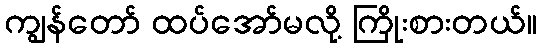
ကျွန်တော် ထပ်အော်မလို့ ကြိုးစားတယ်။